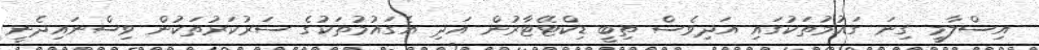
އިސްލާމީ ގިނަ ގައުމުތަކުގައި އަދިވެސް ތިބީ ޑިކްޓޭޓާރުން އަދި އެގައުމުތަކުގެ ސަރުކަރުތަކުން ވިސްނައިދެނީ